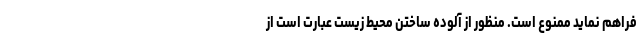
فراهم نماید ممنوع است. منظور از آلوده ساختن محیط زیست عبارت است از